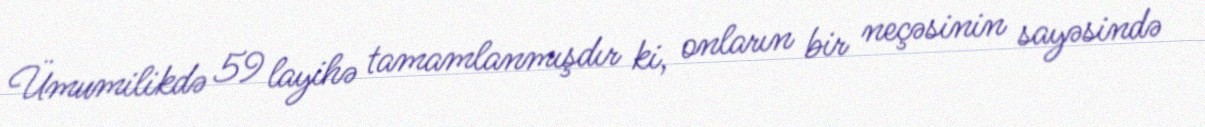
Ümumilikdə 59 layihə tamamlanmışdır ki, onların bir neçəsinin sayəsində